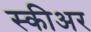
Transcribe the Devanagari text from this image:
स्कीअर